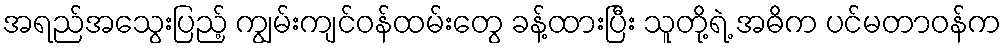
အရည်အသွေးပြည့် ကျွမ်းကျင်ဝန်ထမ်းတွေ ခန့်ထားပြီး သူတို့ရဲ့ အဓိက ပင်မတာဝန်က